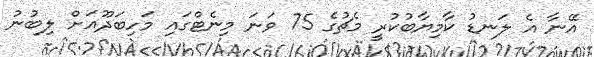
އޭނާ އެ ލަނޑު ކާމިޔާބުކުރީ މެޗުގެ 75 ވަނަ މިނެޓްގައި މަހިބަދޫއަށް ލިބުނު